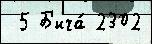
 5 Б'ича́ 2302